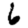
Digit: 6